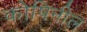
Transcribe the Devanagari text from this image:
कोषिनील